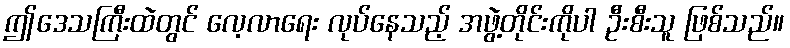
ဤဒေသကြီးထဲတွင် လေ့လာရေး လုပ်နေသည့် အဖွဲ့တိုင်းကိုပါ ဦးစီးသူ ဖြစ်သည်။